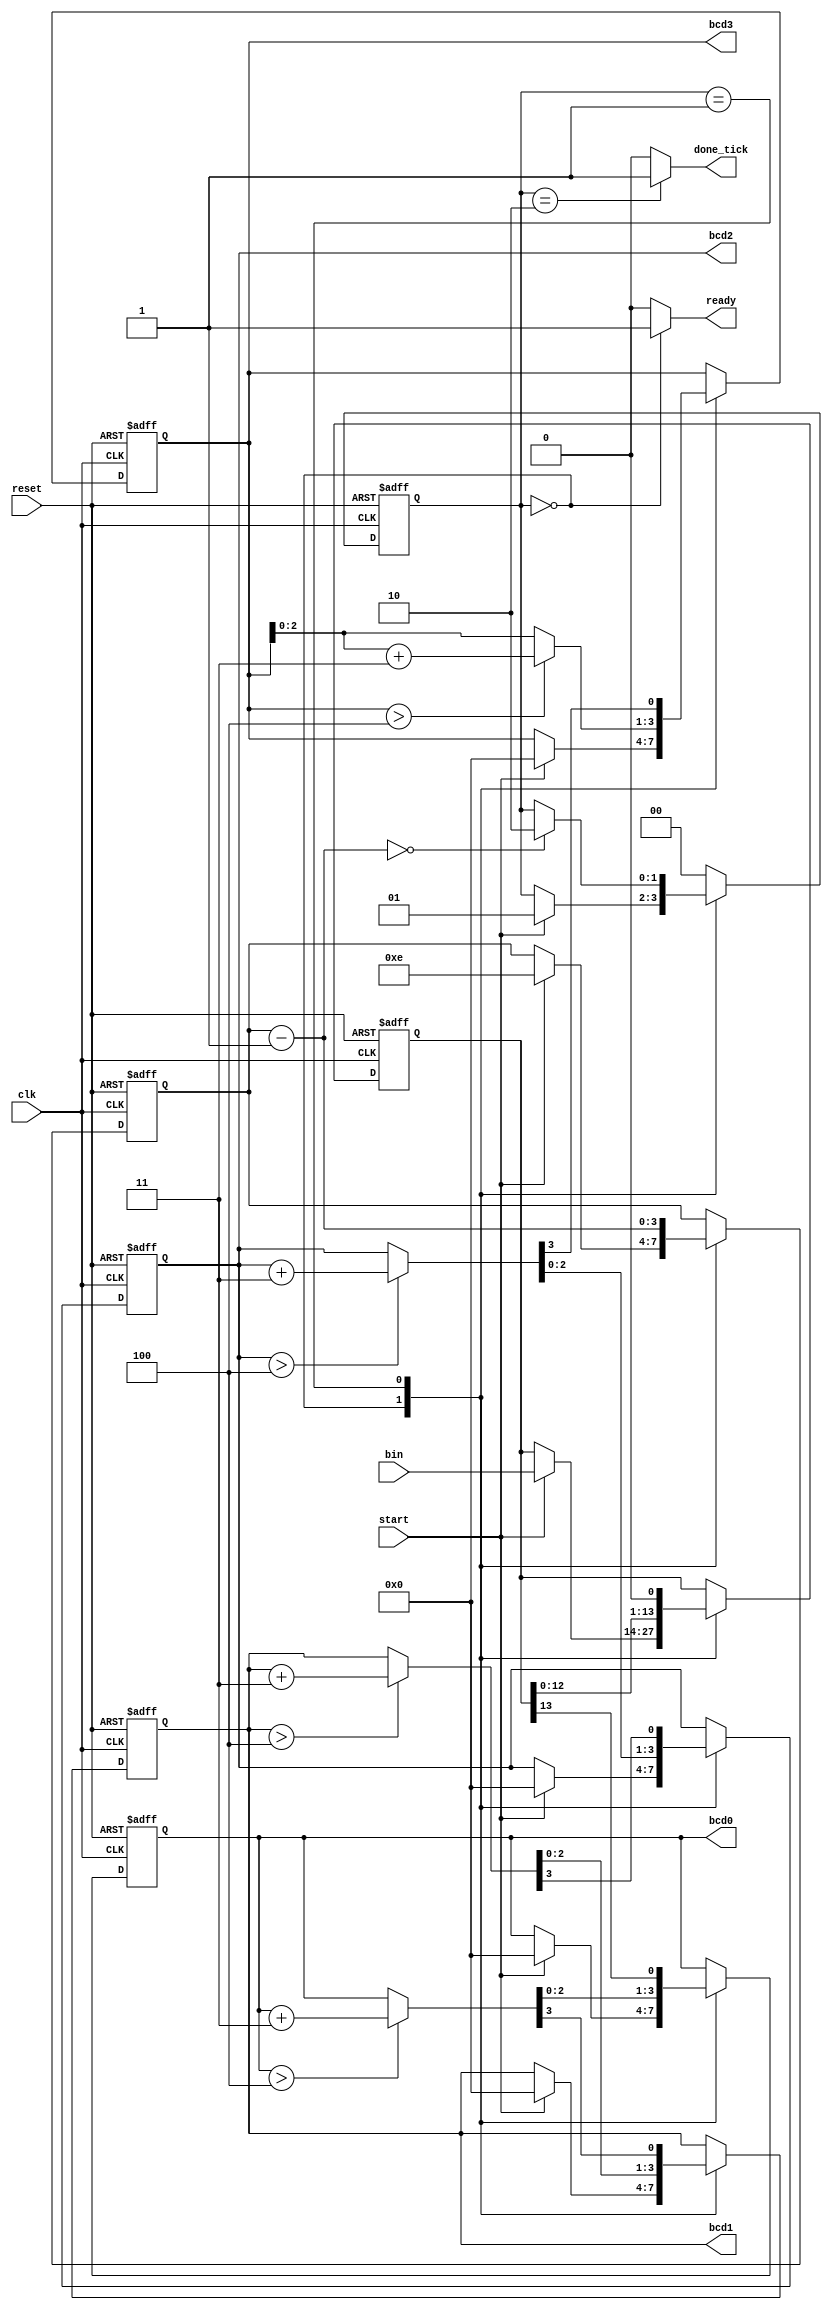
`timescale 1ns / 1ps
//////////////////////////////////////////////////////////////////////////////////
// Company: 
// Engineer: 
// 
// Design Name: 
// Module Name: binary_to_BCD
// Project Name: 
// Target Devices: 
// Tool Versions: 
// Description: 
// 
// Dependencies: 
// 
// Revision:
// Revision 0.01 - File Created
// Additional Comments:
// 
//////////////////////////////////////////////////////////////////////////////////


module binary_to_BCD(
    input clk, reset,
    input start,
    input [13:0] bin,
    output reg ready, done_tick,
    output [3:0] bcd3, bcd2, bcd1, bcd0
    );
    
    //state declarations
    localparam [1:0] idle = 2'b00,
                     op = 2'b01,
                     done = 2'b10;
    
    //signal declaration
    reg [1:0] state_reg, state_next;
    reg [13:0] bin_reg, bin_next;
    reg [3:0] n_reg, n_next;
    reg [3:0] bcd3_reg, bcd2_reg, bcd1_reg, bcd0_reg;
    reg [3:0] bcd3_next, bcd2_next, bcd1_next, bcd0_next;
    wire [3:0] bcd3_temp, bcd2_temp, bcd1_temp, bcd0_temp;
    
    //FSMD state and data registers
    always @(posedge clk, posedge reset)
        if(reset)
            begin
                state_reg <= idle;
                bin_reg <= 0;
                n_reg <= 0;
                bcd3_reg <= 0;
                bcd2_reg <= 0;
                bcd1_reg <= 0;
                bcd0_reg <= 0;
            end
        else
            begin
                state_reg <= state_next;
                bin_reg <= bin_next;
                n_reg <= n_next;
                bcd3_reg <= bcd3_next;
                bcd2_reg <= bcd2_next;
                bcd1_reg <= bcd1_next;
                bcd0_reg <= bcd0_next;
            end
    
    //FSMD next state logic
    always @*
    begin
        //default values
        state_next = state_reg;
        ready = 1'b0;
        done_tick = 1'b0;
        bin_next = bin_reg;
        bcd3_next = bcd3_reg;
        bcd2_next = bcd2_reg;
        bcd1_next = bcd1_reg;
        bcd0_next = bcd0_reg;
        n_next = n_reg;
        
        case(state_reg)
            idle: 
                begin
                    ready = 1'b1;
                    if(start)
                        begin
                            state_next = op;
                            bcd0_next = 0; 
                            bcd1_next = 0;
                            bcd2_next = 0; 
                            bcd3_next = 0; 
                            n_next = 4'b1110;  //index to decrement in op state
                            bin_next = bin;     //binary reg to shift into
                        end
                end
            op: 
                begin
                bin_next = bin_reg << 1;
                
                bcd0_next = {bcd0_temp[2:0], bin_reg[13]};
                bcd1_next = {bcd1_temp[2:0], bcd0_temp[3]};
                bcd2_next = {bcd2_temp[2:0], bcd1_temp[3]};
                bcd3_next = {bcd3_temp[2:0], bcd2_temp[3]};
                
                n_next = n_next - 1;
                if(n_next == 0)
                    state_next = done;
                end
            done: 
                begin
                    done_tick = 1'b1;
                    state_next = idle;
                end
            default: state_next = idle;
        endcase
    end
    
    
    //data path function units
    assign bcd0_temp = (bcd0_reg > 4) ? bcd0_reg + 3 : bcd0_reg;
    assign bcd1_temp = (bcd1_reg > 4) ? bcd1_reg + 3 : bcd1_reg;
    assign bcd2_temp = (bcd2_reg > 4) ? bcd2_reg + 3 : bcd2_reg;
    assign bcd3_temp = (bcd3_reg > 4) ? bcd3_reg + 3 : bcd3_reg;
    
    //output
    assign bcd0 = bcd0_reg;
    assign bcd1 = bcd1_reg;
    assign bcd2 = bcd2_reg;
    assign bcd3 = bcd3_reg;
    
endmodule